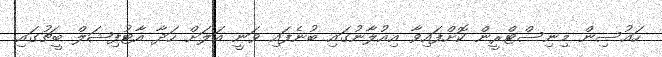
ހައުސިން މިނިސްޓްރީން ކޮށްފައިވާ އިއުލާނުގައި ބުނެފައި ވަނީ އަލަށް ހަދާ އާޓުފިޝަލް ބީޗުގައި